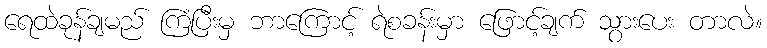
ရေထဲခုန်ချမည် ကြံပြီးမှ ဘာကြောင့် ရဲစခန်းမှာ ဖြောင့်ချက် သွားပေး တာလဲ။